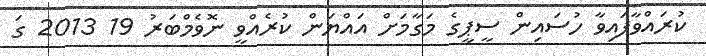
ކުރައްވާފައިވާ ހުސައިން ސީޕީގެ މަގާމަށް އައްޔަން ކުރެއްވީ ނޮވެމްބަރު 19 2013 ގަ